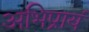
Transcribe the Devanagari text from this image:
अभिप्रायं